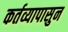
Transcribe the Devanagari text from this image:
कर्तव्यापासुन